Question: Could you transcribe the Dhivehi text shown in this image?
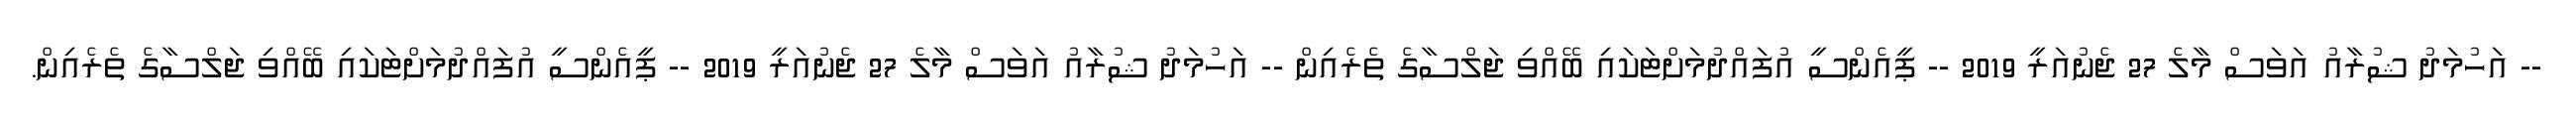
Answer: -- އަހުމަދު ޝުރާއު އަވަސް މާލެ 27 ޖެނުއަރީ 2019 -- ޕީއެންސީ އުފައްދުމަށްޓަކައި ބޭއްވި ޖަލްސާގެ ތެރެއިން -- އަހުމަދު ޝުރާއު އަވަސް މާލެ 27 ޖެނުއަރީ 2019 -- ޕީއެންސީ އުފައްދުމަށްޓަކައި ބޭއްވި ޖަލްސާގެ ތެރެއިން.